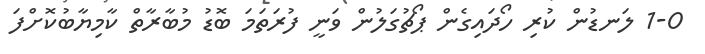
1-0 ލަނޑުން ކުރި ހޯދައިގެން ޕޯޗުގަލުން ވަނީ ފުރަތަމަ ބޮޑު މުބާރާތް ކާމިޔާބުކޮށްފަ